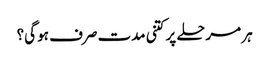
ہر مرحلے پر کتنی مدت صرف ہو گی؟